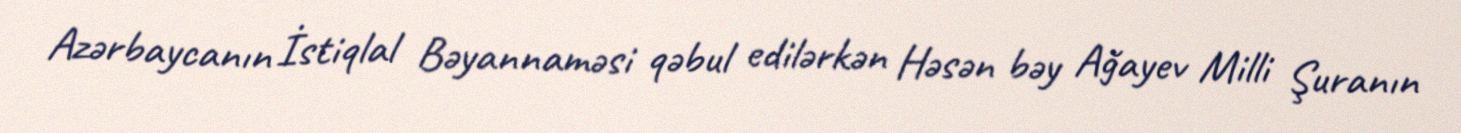
Azərbaycanın İstiqlal Bəyannaməsi qəbul edilərkən Həsən bəy Ağayev Milli Şuranın